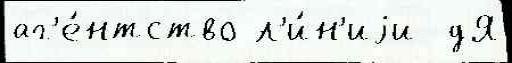
аг'е́нтство л'и́н'иjи  дЯ